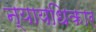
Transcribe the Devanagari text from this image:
न्यायधिकार